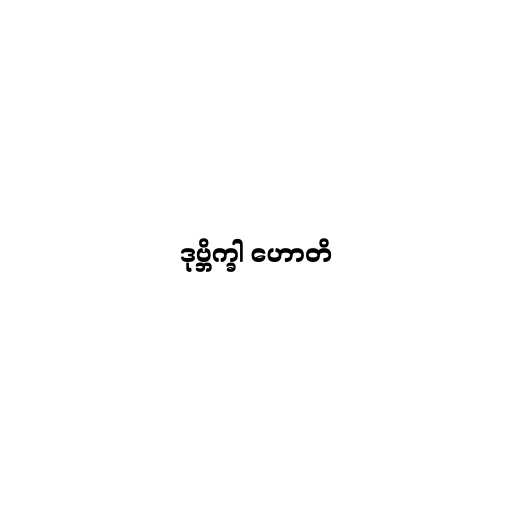
ဒုဗ္ဘိက္ခါ ဟောတိ